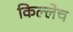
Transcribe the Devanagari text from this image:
किल्लेच